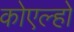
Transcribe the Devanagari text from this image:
कोएल्हो